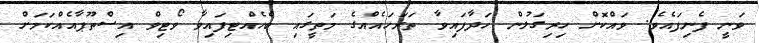
ވަނީ ފެނިފައެވެ. ވައްކޮށް ހިރިގަލުން ހަދާފައިވާ ތަރަހައެއްގެ މަތީގައި ބެހެއްޓިފައިވާ ވޯޓިވް އިސްތޫޕާއެއްކަމަށް